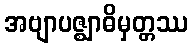
အဗျာပဇ္ဈာဓိမှတ္တဿ